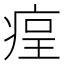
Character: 𤶲